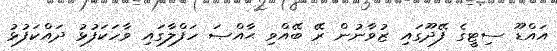
އައްޑޫ ސިޓީގެ ފޭދޫގައި ޒުވާނުން ރޭ ބޭއްވި ޙާއްޞަ ހަފްލާގައި ވާހަކަފުޅު ދައްކަފުޅު